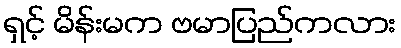
ရှင့် မိန်းမက ဗမာပြည်ကလား